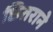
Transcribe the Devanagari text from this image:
छितराने